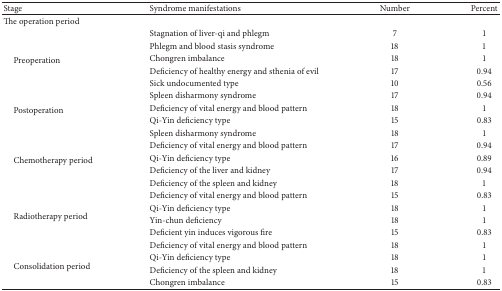
<table><thead><tr><td><b>Stage</b></td><td><b>Syndrome manifestations</b></td><td><b>Number</b></td><td><b>Percent</b></td></tr></thead><tbody><tr><td>The operation period</td><td> </td><td> </td><td> </td></tr><tr><td rowspan="5"> Preoperation</td><td>Stagnation of liver-qi and phlegm</td><td>7</td><td>1</td></tr><tr><td>Phlegm and blood stasis syndrome </td><td>18</td><td>1</td></tr><tr><td>Chongren imbalance</td><td>18</td><td>1</td></tr><tr><td>Deficiency of healthy energy and sthenia of evil</td><td>17</td><td>0.94</td></tr><tr><td>Sick undocumented type</td><td>10</td><td>0.56</td></tr><tr><td rowspan="3"> Postoperation</td><td>Spleen disharmony syndrome </td><td>17</td><td>0.94</td></tr><tr><td>Deficiency of vital energy and blood pattern </td><td>18</td><td>1</td></tr><tr><td>Qi-Yin deficiency type </td><td>15</td><td>0.83</td></tr><tr><td rowspan="5"> Chemotherapy period</td><td>Spleen disharmony syndrome </td><td>18</td><td>1</td></tr><tr><td>Deficiency of vital energy and blood pattern </td><td>17</td><td>0.94</td></tr><tr><td>Qi-Yin deficiency type </td><td>16</td><td>0.89</td></tr><tr><td>Deficiency of the liver and kidney </td><td>17</td><td>0.94</td></tr><tr><td>Deficiency of the spleen and kidney </td><td>18</td><td>1</td></tr><tr><td rowspan="4"> Radiotherapy period</td><td>Deficiency of vital energy and blood pattern </td><td>15</td><td>0.83</td></tr><tr><td>Qi-Yin deficiency type </td><td>18</td><td>1</td></tr><tr><td>Yin-chun deficiency</td><td>18</td><td>1</td></tr><tr><td>Deficient yin induces vigorous fire</td><td>15</td><td>0.83</td></tr><tr><td rowspan="4"> Consolidation period</td><td>Deficiency of vital energy and blood pattern </td><td>18</td><td>1</td></tr><tr><td>Qi-Yin deficiency type </td><td>18</td><td>1</td></tr><tr><td>Deficiency of the spleen and kidney </td><td>18</td><td>1</td></tr><tr><td>Chongren imbalance</td><td>15</td><td>0.83</td></tr></tbody></table>